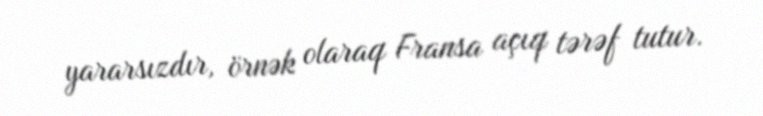
yararsızdır, örnək olaraq Fransa açıq tərəf tutur.